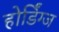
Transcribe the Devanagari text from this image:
होर्डिंग्ज